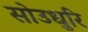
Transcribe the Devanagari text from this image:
सोउधुरि